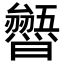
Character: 𭨐